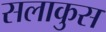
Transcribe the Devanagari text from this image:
सलाकुस